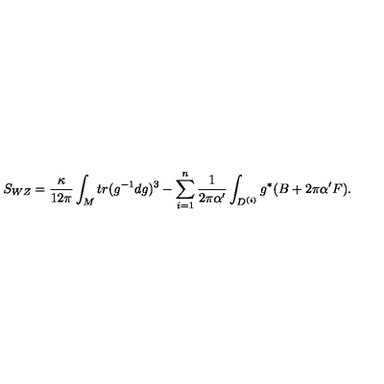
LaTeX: S _ { W Z } = \frac { \kappa } { 1 2 \pi } \int _ { M } t r ( g ^ { - 1 } d g ) ^ { 3 } - \sum _ { i = 1 } ^ { n } \frac { 1 } { 2 \pi \alpha ^ { \prime } } \int _ { D ^ { ( i ) } } g ^ { * } ( B + 2 \pi \alpha ^ { \prime } F ) .